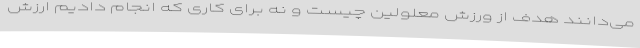
می‌دانند هدف از ورزش معلولین چیست و نه برای کاری که انجام دادیم ارزش